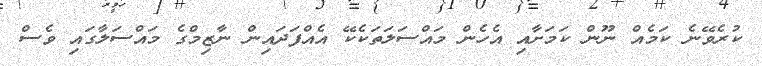
ކުރެވޭނެ ކަމެއް ނޫން ކަމަށާއި އެހެން މައްސަލަތަކެކޭ އެއްފަދައިން ނާޒިމްގެ މައްސަލާގައި ވެސް